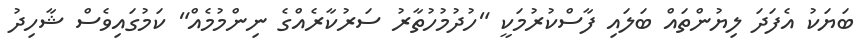
ބަޔަކު އެފަދަ ލިޔުންތައް ބަލައި ފާސްކުރުމަކީ "ހުދުމުހުތާރު ސަރުކާރެއްގެ ނިންމުމެއް" ކަމުގައިވެސް ޝާހިދު